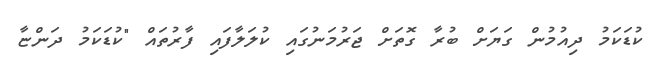
ކުޑަކަމު ދިއުމުން ގަޔަށް ބުރާ ގޮޮތަށް ޖަރުމަނުގައި ކުލަލާފައި ފާރުތައް "ކުޑަކަމު ދަންޏާ